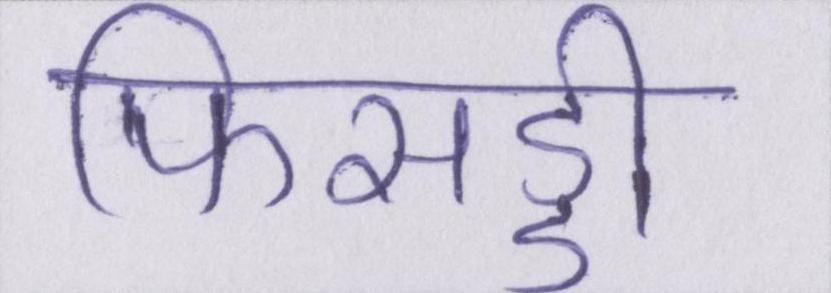
फिसड्डी